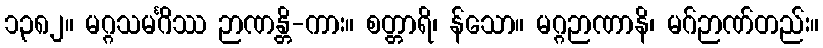
၁၃၈၂။ မဂ္ဂသမင်္ဂိဿ ဉာဏန္တိ-ကား။ စတ္တာရိ၊ န်သော။ မဂ္ဂဉာဏာနိ၊ မဂ်ဉာဏ်တည်း။